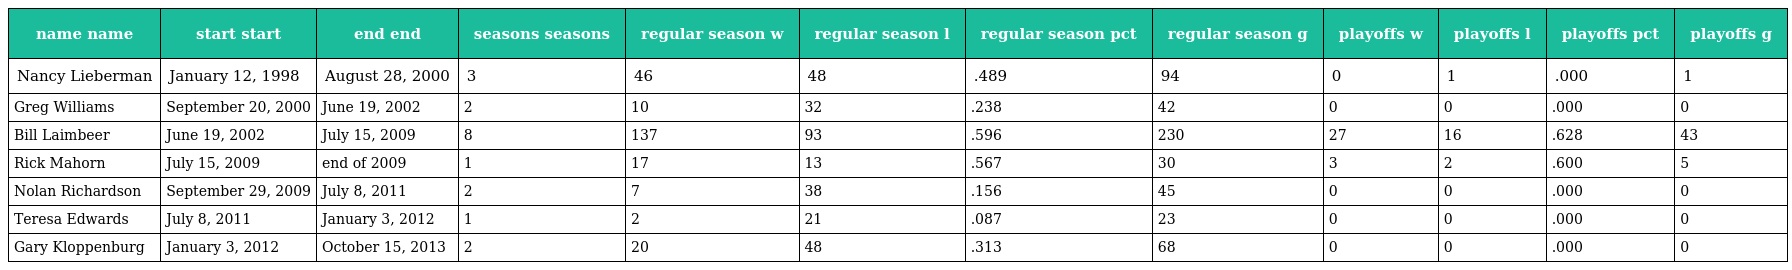
| name name | start start | end end | seasons seasons | regular season w | regular season l | regular season pct | regular season g | playoffs w | playoffs l | playoffs pct | playoffs g |
 | --- | --- | --- | --- | --- | --- | --- | --- | --- | --- | --- | --- |
 | Nancy Lieberman | January 12, 1998 | August 28, 2000 | 3 | 46 | 48 | .489 | 94 | 0 | 1 | .000 | 1 |
 | Greg Williams | September 20, 2000 | June 19, 2002 | 2 | 10 | 32 | .238 | 42 | 0 | 0 | .000 | 0 |
 | Bill Laimbeer | June 19, 2002 | July 15, 2009 | 8 | 137 | 93 | .596 | 230 | 27 | 16 | .628 | 43 |
 | Rick Mahorn | July 15, 2009 | end of 2009 | 1 | 17 | 13 | .567 | 30 | 3 | 2 | .600 | 5 |
 | Nolan Richardson | September 29, 2009 | July 8, 2011 | 2 | 7 | 38 | .156 | 45 | 0 | 0 | .000 | 0 |
 | Teresa Edwards | July 8, 2011 | January 3, 2012 | 1 | 2 | 21 | .087 | 23 | 0 | 0 | .000 | 0 |
 | Gary Kloppenburg | January 3, 2012 | October 15, 2013 | 2 | 20 | 48 | .313 | 68 | 0 | 0 | .000 | 0 |